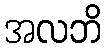
အလဘိ